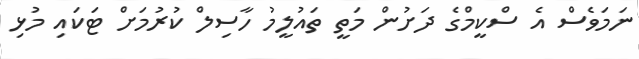
ނަމަވެސް އެ ސްކީމްގެ ދަށުން މަތީ ތައުލީމު ހާސިލް ކުރުމަށް ޓަކައި މުޅި